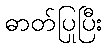
ဓာတ်ပြုပြီး